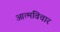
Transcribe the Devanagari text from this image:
आत्मविचार